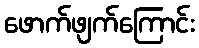
ဖောက်ဖျက်ကြောင်း